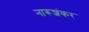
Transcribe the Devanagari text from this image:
नारूशंकर